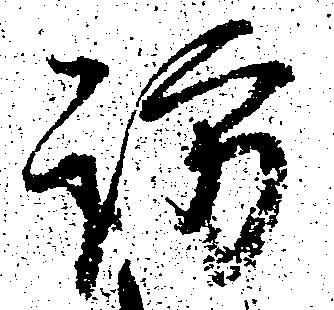
訪